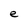
Character: e